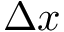
\Delta x